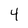
Character: 4